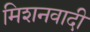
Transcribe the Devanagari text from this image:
मिशनवादी